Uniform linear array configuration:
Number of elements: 4
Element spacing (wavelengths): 1
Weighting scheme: binomial
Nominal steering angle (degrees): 45
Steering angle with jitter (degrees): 45.628
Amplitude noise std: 0.05
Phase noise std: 0.05

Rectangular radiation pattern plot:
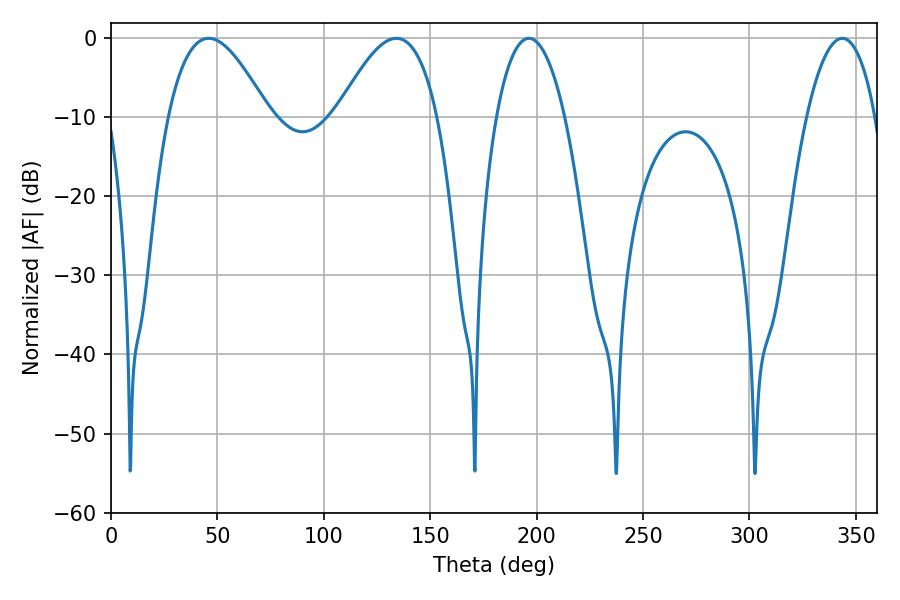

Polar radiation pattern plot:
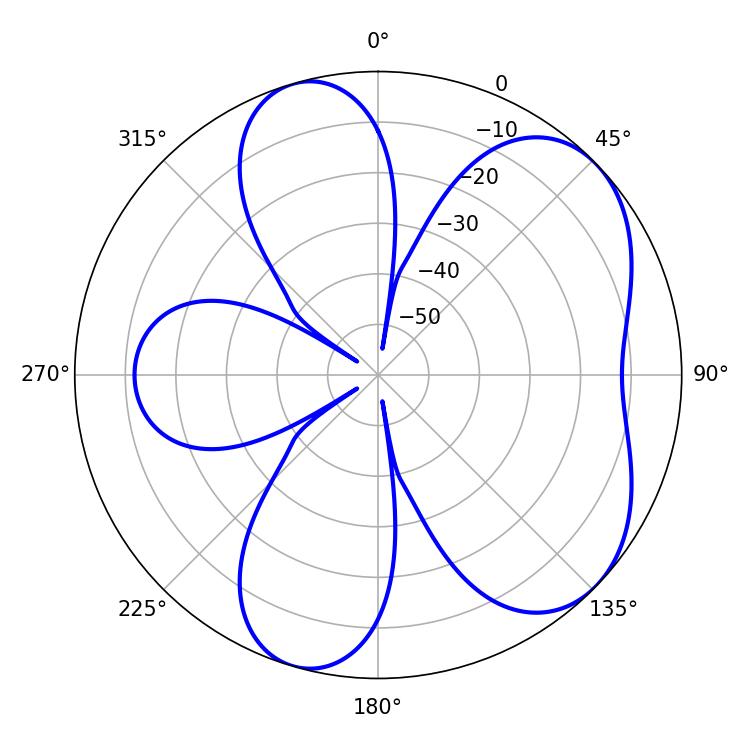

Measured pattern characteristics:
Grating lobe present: TRUE
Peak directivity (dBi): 5.816
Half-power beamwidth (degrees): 25.74
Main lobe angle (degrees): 45.9